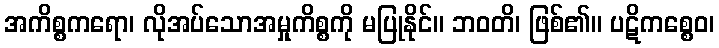
အကိစ္စကရော၊ လိုအပ်သောအမှုကိစ္စကို မပြုနိုင်။ ဘဝတိ၊ ဖြစ်၏။ ပဋိကစ္စေဝ၊